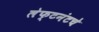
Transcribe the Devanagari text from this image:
लेफ्टनंटचे